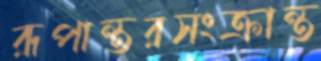
রূপান্তরসংক্রান্ত